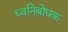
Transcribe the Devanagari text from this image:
ध्वनिबोधक